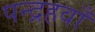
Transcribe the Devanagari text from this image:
पन्द्रहवाँ